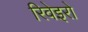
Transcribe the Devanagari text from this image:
रिवेइरो